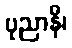
ပုညာနိ၊